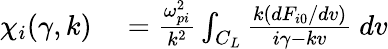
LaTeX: \begin{array}{rl}{\chi_{i}(\gamma,k)}&{{}=\frac{\omega_{pi}^{2}}{k^{2}}\int_{C_{L}}\frac{k(dF_{i0}/dv)}{i\gamma-kv}\ dv}\end{array}